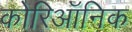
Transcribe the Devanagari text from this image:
कोरिऑनिक